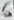
Text: 6